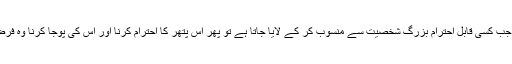
مگر پتھر کو جب کسی قابل احترام بزرگ شخصیت سے منسوب کر کے لایا جاتا ہے تو پھر اس پتھر کا احترام کرنا اور اس کی پوجا کرنا وہ فرض جانتے ہیں۔